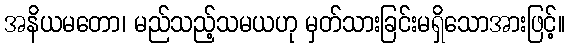
အနိယမတော၊ မည်သည့်သမယဟု မှတ်သားခြင်းမရှိသောအားဖြင့်။